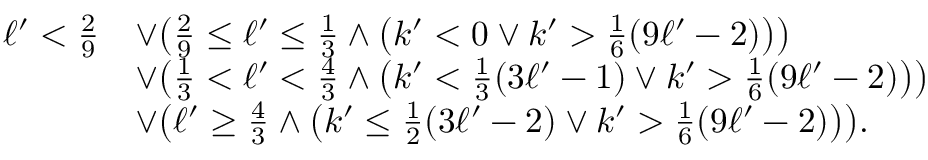
\begin{array} { r l } { \ell ^ { \prime } < \frac { 2 } { 9 } } & { \lor \bigl ( \frac { 2 } { 9 } \leq \ell ^ { \prime } \leq \frac { 1 } { 3 } \land \bigl ( k ^ { \prime } < 0 \lor k ^ { \prime } > \frac { 1 } { 6 } ( 9 \ell ^ { \prime } - 2 ) \bigr ) \bigr ) } \\ & { \lor \bigl ( \frac { 1 } { 3 } < \ell ^ { \prime } < \frac { 4 } { 3 } \land \bigl ( k ^ { \prime } < \frac { 1 } { 3 } ( 3 \ell ^ { \prime } - 1 ) \lor k ^ { \prime } > \frac { 1 } { 6 } ( 9 \ell ^ { \prime } - 2 ) \bigr ) \bigr ) } \\ & { \lor \bigl ( \ell ^ { \prime } \geq \frac { 4 } { 3 } \land \bigl ( k ^ { \prime } \leq \frac { 1 } { 2 } ( 3 \ell ^ { \prime } - 2 ) \lor k ^ { \prime } > \frac { 1 } { 6 } ( 9 \ell ^ { \prime } - 2 ) \bigr ) \bigr ) . } \end{array}